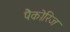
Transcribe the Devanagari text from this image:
पैकोरिज